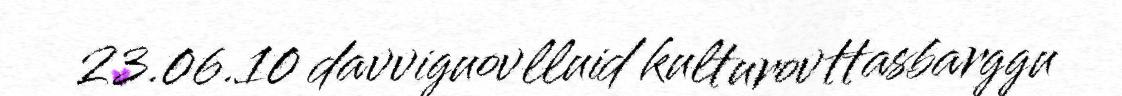
23.06.10 davviguovlluid kulturovttasbarggu